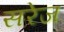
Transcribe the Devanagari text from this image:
सरेज